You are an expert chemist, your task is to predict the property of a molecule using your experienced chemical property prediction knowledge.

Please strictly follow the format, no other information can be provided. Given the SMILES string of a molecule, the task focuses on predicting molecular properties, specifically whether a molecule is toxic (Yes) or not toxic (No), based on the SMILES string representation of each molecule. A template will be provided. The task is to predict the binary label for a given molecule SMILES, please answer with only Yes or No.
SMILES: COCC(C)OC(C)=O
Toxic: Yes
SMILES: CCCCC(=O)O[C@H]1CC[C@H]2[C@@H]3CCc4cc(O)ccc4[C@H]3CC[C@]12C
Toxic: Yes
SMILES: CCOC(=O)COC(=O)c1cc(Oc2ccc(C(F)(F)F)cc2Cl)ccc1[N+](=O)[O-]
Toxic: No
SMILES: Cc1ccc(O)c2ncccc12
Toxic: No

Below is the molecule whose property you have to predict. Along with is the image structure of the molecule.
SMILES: O=C(O)/C=C(\CC(=O)O)C(=O)O
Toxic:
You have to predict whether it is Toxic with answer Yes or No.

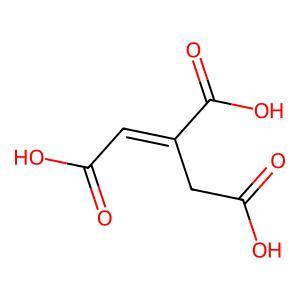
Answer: No